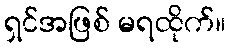
ရှင်အဖြစ် မရထိုက်။